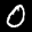
Label: 0